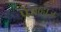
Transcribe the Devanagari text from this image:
पेजव्ह्यूज